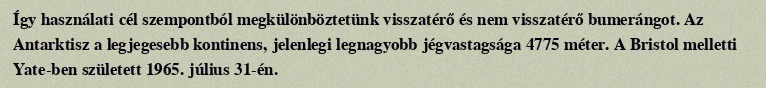
Így használati cél szempontból megkülönböztetünk visszatérő és nem visszatérő bumerángot. Az Antarktisz a legjegesebb kontinens, jelenlegi legnagyobb jégvastagsága 4775 méter. A Bristol melletti Yate-ben született 1965. július 31-én.